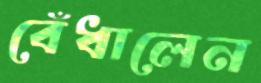
বেঁধালেন